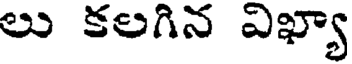
లు కలగిన విఖ్యా